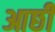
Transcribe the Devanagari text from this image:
आछी